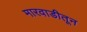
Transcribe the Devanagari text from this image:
मारवाडीतून